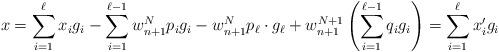
LaTeX: \begin{align*}x = \sum_{i=1}^\ell x_i g_i - \sum_{i=1}^{\ell-1} w_{n+1}^N p_i g_i - w^N_{n+1}p_\ell \cdot g_\ell + w^{N+1}_{n+1} \left( \sum_{i=1}^{\ell-1} q_i g_i \right) = \sum_{i=1}^{\ell} x'_i g_i\end{align*}